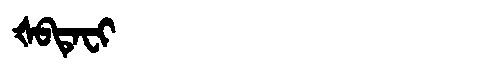
Manchu: ᡧᠪᡨᡝᠸᡳ
Romanization: ŠBTEFI